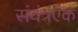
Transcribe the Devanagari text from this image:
संयंत्रएक